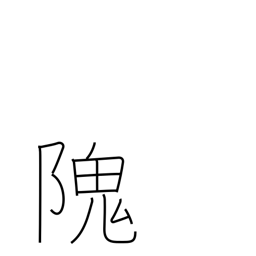
Meaning: steep